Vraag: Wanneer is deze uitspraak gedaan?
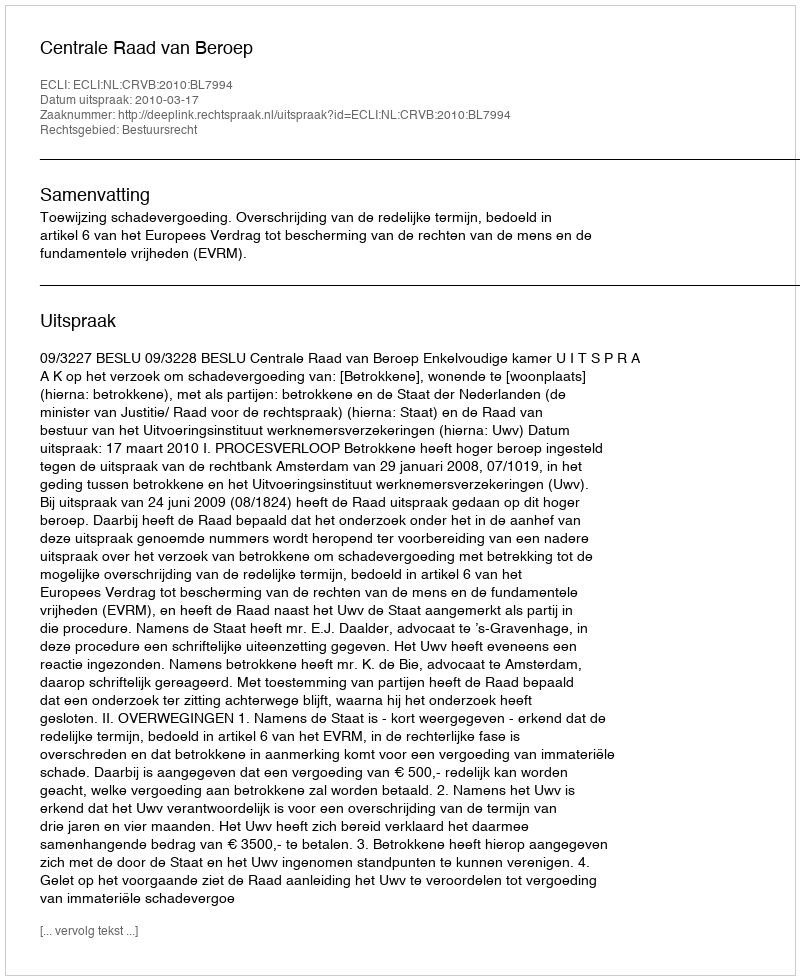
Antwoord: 2010-03-17